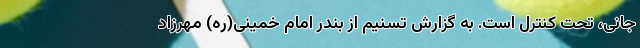
جانی، تحت کنترل است. به گزارش تسنیم از بندر امام خمینی(ره) مهرزاد